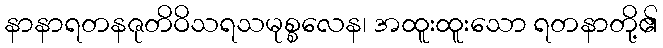
နာနာရတနဇုတိဝိသရသမုစ္စလေန၊ အထူးထူးသော ရတနာတို့၏